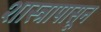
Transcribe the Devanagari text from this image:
शास्त्रापासून